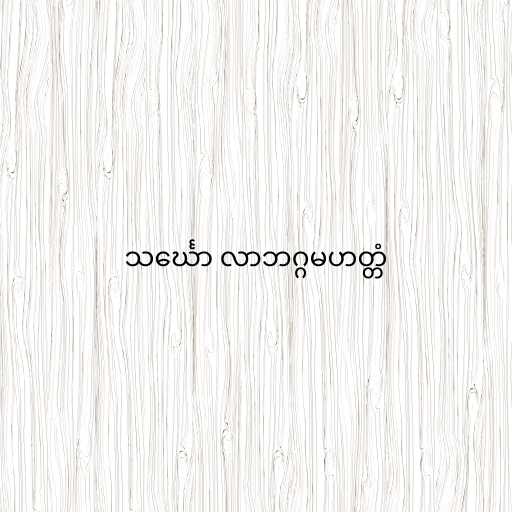
သင်္ဃော လာဘဂ္ဂမဟတ္တံ